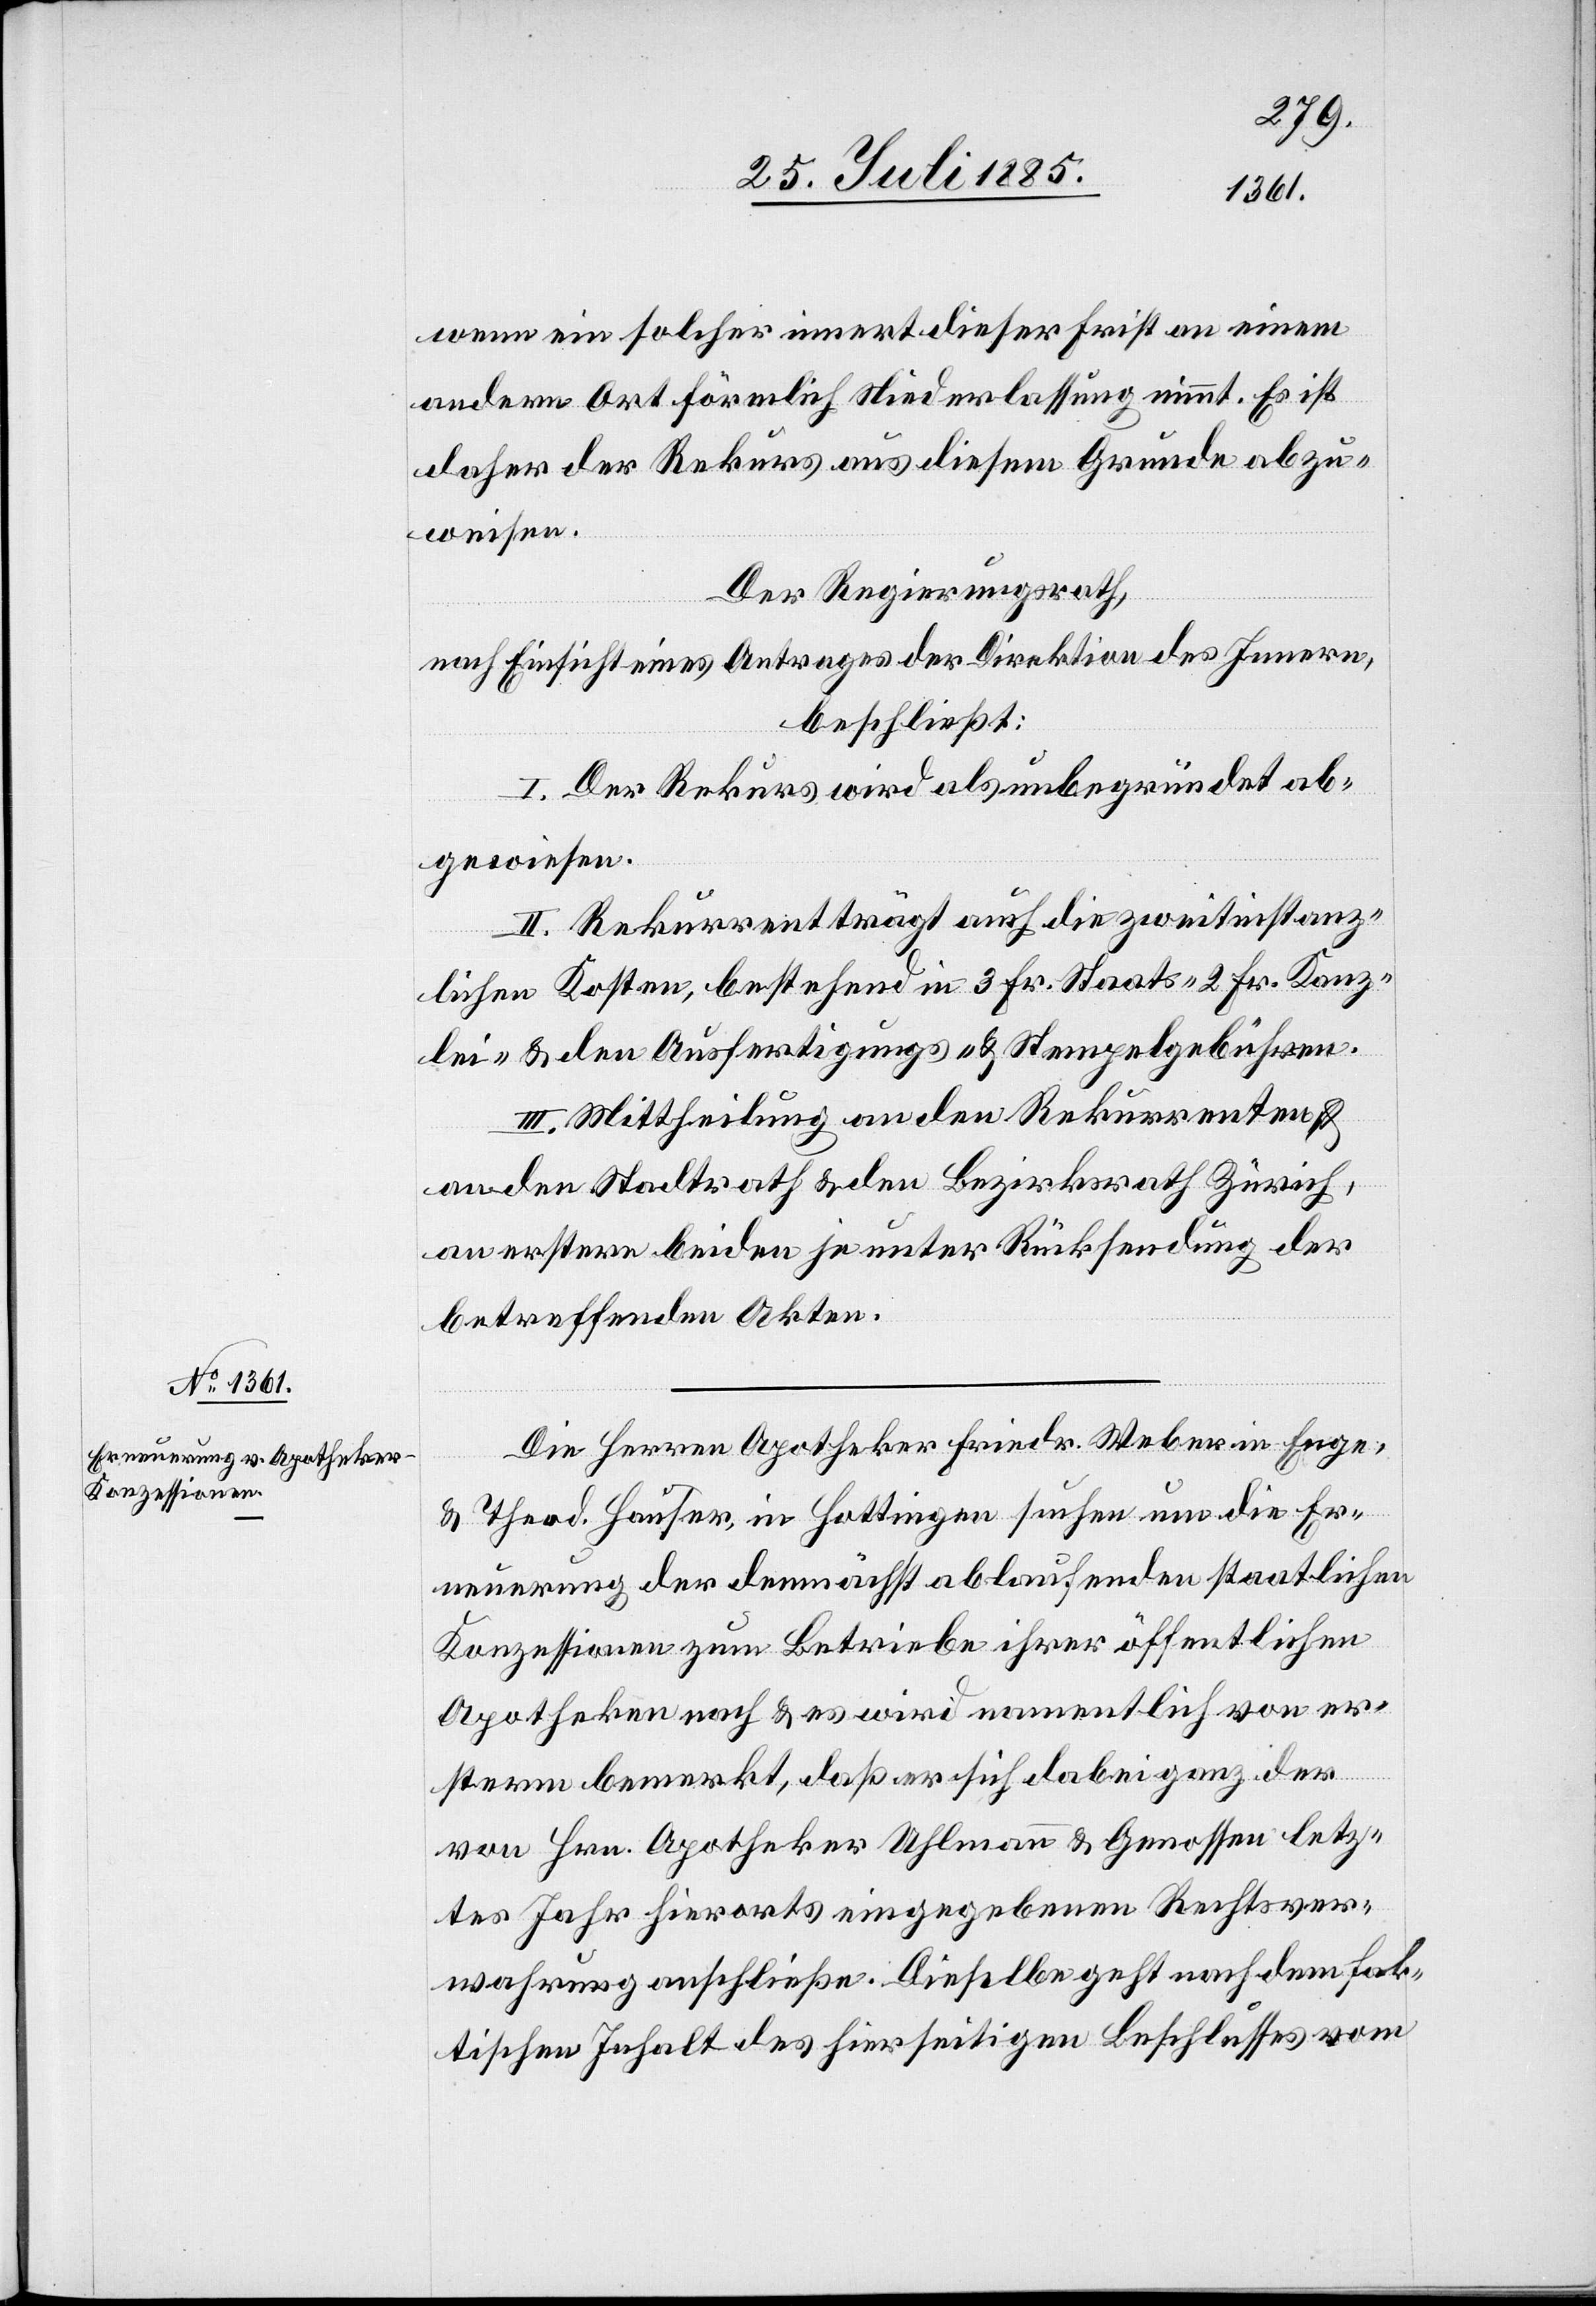
wenn ein solcher innert dieser Frist an einem
andern Ort förmlich Niederlassung nimmt. Es ist
daher der Rekurs aus diesem Grunde abzu¬
weisen.
Der Regierungsrath,
nach Einsicht eines Antrages der Direktion des Innern,
beschließt:
I. Der Rekurs wird als unbegründet ab¬
gewiesen.
II. Rekurrent trägt auch die zweitinstanz¬
lichen Kosten, bestehend in 3 Fr. Staats- 2 Fr. Kanz¬
lei- & den Ausfertigungs- & Stempelgebühren.
III. Mittheilung an den Rekurrenten &
an den Stadtrath & den Bezirksrath Zürich,
an erstere beiden je unter Rücksendung der
betreffenden Akten.
Die Herren Apotheker Friedr. Weber in Enge,
& Theod. Hauser, in Hottingen suchen um die Er¬
neuerung der demnächst ablaufenden staatlichen
Konzessionen zum Betriebe ihrer öffentlichen
Apotheken nach & es wird namentlich von er¬
sterm bemerkt, daß er sich dabei ganz der
von Hrn. Apotheker Uhlmann & Genossen letz¬
tes Jahr hierorts eingegebenen Rechtsver¬
wahrung anschließe. Dieselbe geht nach dem fak¬
tischen Inhalt des hierseitigen Beschlusses vom